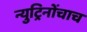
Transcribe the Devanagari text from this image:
न्युट्रिनोंचाच